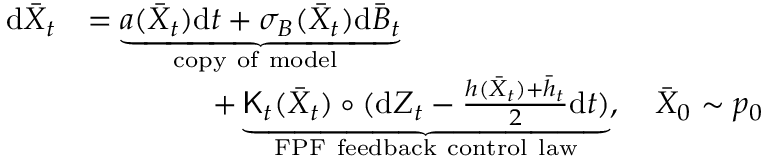
\begin{array} { r l } { \mathrm { d } \bar { X } _ { t } } & { = \underbrace { a ( \bar { X } _ { t } ) \mathrm { d } t + \sigma _ { B } ( \bar { X } _ { t } ) \mathrm { d } \bar { B } _ { t } } _ { \mathrm { c o p y ~ o f ~ m o d e l } ~ } } \\ & { \qquad \qquad + \underbrace { { \sf K } _ { t } ( \bar { X } _ { t } ) \circ ( \mathrm { d } Z _ { t } - \frac { h ( \bar { X } _ { t } ) + \bar { h } _ { t } } { 2 } \mathrm { d } t ) } _ { \mathrm { F P F ~ f e e d b a c k ~ c o n t r o l ~ l a w } } , \quad \bar { X } _ { 0 } \sim p _ { 0 } } \end{array}